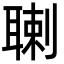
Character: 䏀